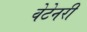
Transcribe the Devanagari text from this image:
वेटेनरी